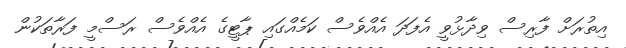
އިތުރަށް ފާރިސް ވިދާޅުވީ އެފަދަ އެއްވެސް ކަމެއްގައި ޕާޓީގެ އެއްވެސް ރަސްމީ ފަރާތަކުން